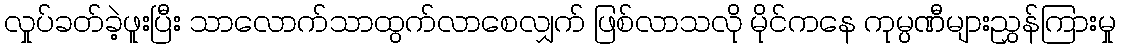
လှုပ်ခတ်ခဲ့ဖူးပြီး သာလောက်သာထွက်လာစေလျှက် ဖြစ်လာသလို မိုင်ကနေ ကုမ္ပဏီများညွှန်ကြားမှု